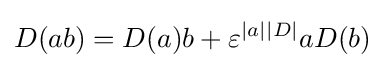
{D(ab)=D(a)b+\varepsilon ^{|a||D|}aD(b)}